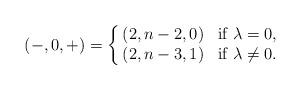
LaTeX: \begin{align*} (-, 0, +)=\left\{\begin{array}{@{\,}ll}(2, n-2, 0) & \mbox{if} \ \lambda = 0 , \\(2, n-3, 1) & \mbox{if} \ \lambda \neq 0 . \end{array}\right.\end{align*}